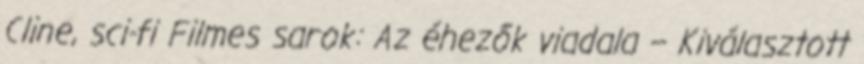
Cline, sci-fi Filmes sarok: Az éhezők viadala – Kiválasztott